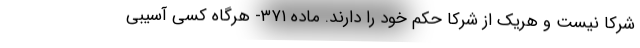
شرکا نیست و هریک از شرکا حکم خود را دارند. ماده ۳۷۱- هرگاه کسی آسیبی